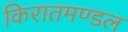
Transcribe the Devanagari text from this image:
किरातमण्डल